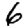
Digit: 6